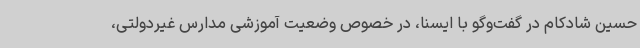
حسین شادکام در گفت‌وگو با ایسنا، در خصوص وضعیت آموزشی مدارس غیردولتی،